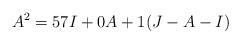
LaTeX: \begin{align*}A^2 = 57I + 0A + 1(J-A-I)\end{align*}